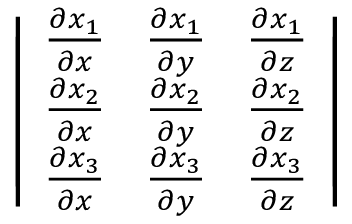
\left| \begin{array} { l l l } { { \frac { \partial x _ { 1 } } { \partial x } } } & { { \frac { \partial x _ { 1 } } { \partial y } } } & { { \frac { \partial x _ { 1 } } { \partial z } } } \\ { { \frac { \partial x _ { 2 } } { \partial x } } } & { { \frac { \partial x _ { 2 } } { \partial y } } } & { { \frac { \partial x _ { 2 } } { \partial z } } } \\ { { \frac { \partial x _ { 3 } } { \partial x } } } & { { \frac { \partial x _ { 3 } } { \partial y } } } & { { \frac { \partial x _ { 3 } } { \partial z } } } \end{array} \right|